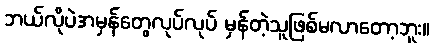
ဘယ်လိုပဲအမှန်တွေလုပ်လုပ် မှန်တဲ့သူဖြစ်မလာတော့ဘူး။